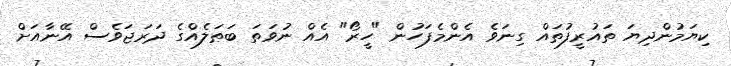
ކިޔަމުންދިޔަ ތައުރީފުތައް ގިނަވެ އެންމެފަހުން "ހީރޯ" އެއް ނުވަތަ ބަޠަލެއްގެ ދަރަޖަވެސް އޭނާއަށް